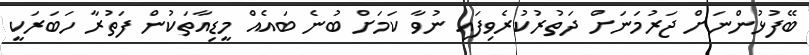
ބޭފުޅުންނަށް ޖަރުމަނަށް ދަތުރުކުރެވިފައި ނުވާ ކަމަށް ބުނެ ބައެއް މީޑިއާތަކުން ފަތުރާ ހަބަރަކީ